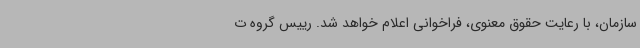
سازمان، با رعایت حقوق معنوی، فراخوانی اعلام خواهد شد. رییس گروه ت